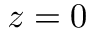
z = 0